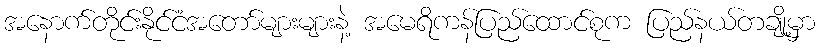
အနောက်တိုင်းနိုင်ငံအတော်များများနဲ့ အမေရိကန်ပြည်ထောင်စုက ပြည်နယ်တချို့မှာ